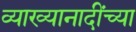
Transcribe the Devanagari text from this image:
व्याख्यानादींच्या